Sanitation, dispensaries and jails vaccination Rajputana 1922-1927 - 1922-1927
Year: 1922
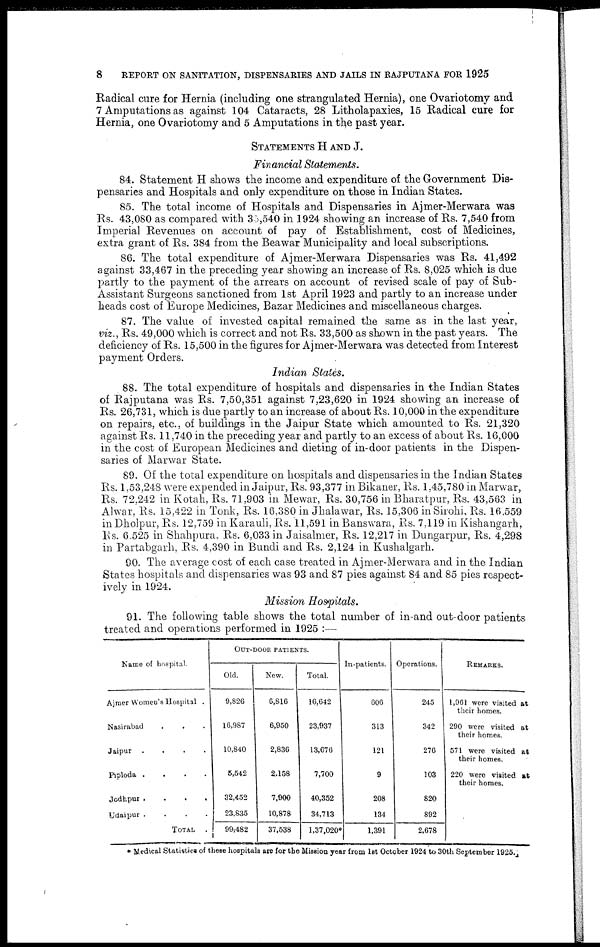
8
REPORT ON SANITATION, DISPENSARIES AND JAILS IN RAJPUTANA FOR 1925
Radical cure for Hernia (including one strangulated Hernia), one Ovariotomy and
7 Amputations as against 104 Cataracts, 28 Litholapaxies, 15 Radical cure for
Hernia, one Ovariotomy and 5 Amputations in the past year.
STATEMENTS H AND J.
Financial Statements.
84. Statement H shows the income and expenditure of the Government Dis-
pensaries and Hospitals and only expenditure on those in Indian States.
85. The total income of Hospitals and Dispensaries in Ajmer-Merwara was
Rs. 43,080 as compared with 35,540 in 1924 showing an increase of Rs. 7,540 from
Imperial Revenues on account of pay of Establishment, cost of Medicines,
extra grant of Rs. 384 from the Beawar Municipality and local subscriptions.
86. The total expenditure of Ajmer-Merwara Dispensaries was Rs. 41,492
against 33,467 in the preceding year showing an increase of Rs. 8,025 which is due
partly to the payment of the arrears on account of revised scale of pay of Sub-
Assistant Surgeons sanctioned from 1st April 1923 and partly to an increase under
heads cost of Europe Medicines, Bazar Medicines and miscellaneous charges.
87. The value of invested capital remained the same as in the last year,
viz., Rs. 49,000 which is correct and not Rs. 33,500 as shown in the past years. The
deficiency of Rs. 15,500 in the figures for Ajmer-Merwara was detected from Interest
payment Orders.
Indian States.
88. The total expenditure of hospitals and dispensaries in the Indian States
of Rajputana was Rs. 7,50,351 against 7,23,620 in 1924 showing an increase of
Rs. 26,731, which is due partly to an increase of about Rs. 10,000 in the expenditure
on repairs, etc., of buildings in the Jaipur State which amounted to Rs. 21,320
against Rs. 11,740 in the preceding year and partly to an excess of about Rs. 16,000
in the cost of European Medicines and dieting of in-door patients in the Dispen-
saries of Marwar State.
89. Of the total expenditure on hospitals and dispensaries in the Indian States
Rs. 1,53,248 were expended in Jaipur, Rs. 93,377 in Bikaner, Rs. 1,45,780 in Marwar,
Rs. 72,242 in Kotah, Rs. 71,903 in Mewar, Rs. 30,756 in Bharatpur, Rs. 43,563 in
Alwar, Rs. 15,422 in Tonk, Rs. 16,380 in Jhalawar, Rs. 15,306 in Sirohi, Rs. 16,559
in Dholpur, Rs. 12,759 in Karauli, Rs. 11,591 in Banswara, Rs. 7,119 in Kishangarh,
Rs. 6,525 in Shahpura. Rs. 6,033 in Jaisalmer, Rs. 12,217 in Dungarpur, Rs. 4,298
in Partabgarh, Rs. 4,390 in Bundi and Rs. 2,124 in Kushalgarh.
90. The average cost of each case treated in Ajmer-Merwara and in the Indian
States hospitals and dispensaries was 93 and 87 pies against 84 and 85 pies respect-
ively in 1924.
Mission Hospitals.
91. The following table shows the total number of in-and out-door patients
treated and operations performed in 1925 :—
Name of hospital.
Ajmer Women's Hospital .
Nasirabad . . .
Jaipur .
.
.
.
Piploda .
.
.
.
Jodhpur .
.
.
.
Udaipur .
.
.
.
TOTAL
.
OUT-DOOR PATIENTS.
Old.
9,826
16,987
10,840
5,542
32,452
23,835
99,482
New.
6,816
6,950
2,836
2,158
7,900
10,878
37,538
Total.
16,642
23,937
13,676
7,700
40,352
34,713
1,37,020*
In-patients.
606
313
121
9
208
134
1,391
Operations.
245
342
276
103
820
892
2,678
REMARKS.
1,961 were visited at
their homes.
290 were visited at
their homes.
571 were visited at
their homes.
220 were visited at
their homes.
* Medical Statistics of these hospitals are for the Mission year from 1st October 1924 to 30th September 1925.